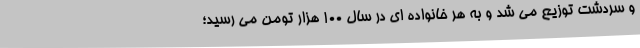
و سردشت توزیع می شد و به هر خانواده ای در سال 100 هزار تومن می رسید؛